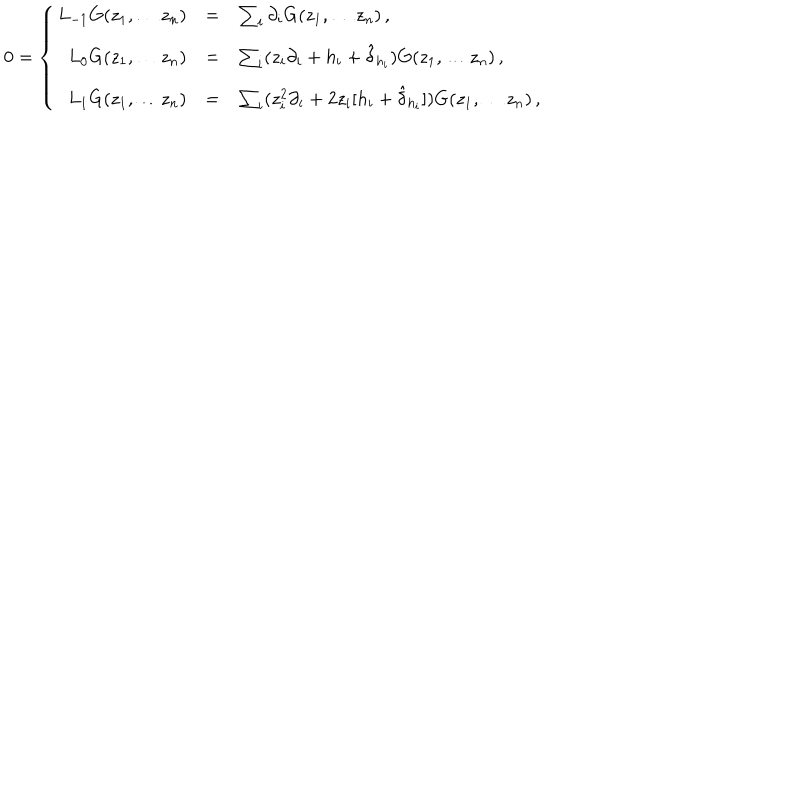
0 = \left\{ \begin{array} { r c l } { { L _ { - 1 } G ( z _ { 1 } , \ldots z _ { n } ) } } & { { = } } & { { \sum _ { i } \partial _ { i } G ( z _ { 1 } , \ldots z _ { n } ) \, , } } \\ { { L _ { 0 } G ( z _ { 1 } , \ldots z _ { n } ) } } & { { = } } & { { \sum _ { i } ( z _ { i } \partial _ { i } + h _ { i } + \hat { \delta } _ { h _ { i } } ) G ( z _ { 1 } , \ldots z _ { n } ) \, , } } \\ { { L _ { 1 } G ( z _ { 1 } , \ldots z _ { n } ) } } & { { = } } & { { \sum _ { i } ( z _ { i } ^ { 2 } \partial _ { i } + 2 z _ { i } [ h _ { i } + \hat { \delta } _ { h _ { i } } ] ) G ( z _ { 1 } , \ldots z _ { n } ) \, , } } \\ \end{array} \right.